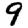
Digit: 9